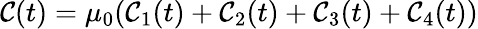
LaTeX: \mathcal{C}(t)=\mu_{0}(\mathcal{C}_{1}(t)+\mathcal{C}_{2}(t)+\mathcal{C}_{3}(t)+\mathcal{C}_{4}(t))